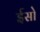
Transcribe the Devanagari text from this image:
ईसो